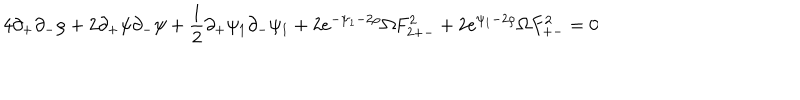
4 \partial _ { + } \partial _ { - } \rho + 2 \partial _ { + } \psi \partial _ { - } \psi + \frac { 1 } { 2 } \partial _ { + } \psi _ { 1 } \partial _ { - } \psi _ { 1 } + 2 e ^ { - \psi _ { 1 } - 2 \rho } \Omega F _ { 2 + - } ^ { 2 } + 2 e ^ { \psi _ { 1 } - 2 \rho } \Omega F _ { + - } ^ { 2 } = 0